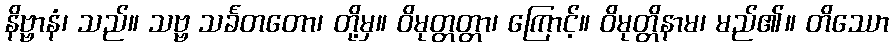
နိဗ္ဗာနံ၊ သည်။ သဗ္ဗ သင်္ခတတော၊ တို့မှ။ ဝိမုတ္တတ္တာ၊ ကြောင့်။ ဝိမုတ္တိနာမ၊ မည်၏။ တိဿော